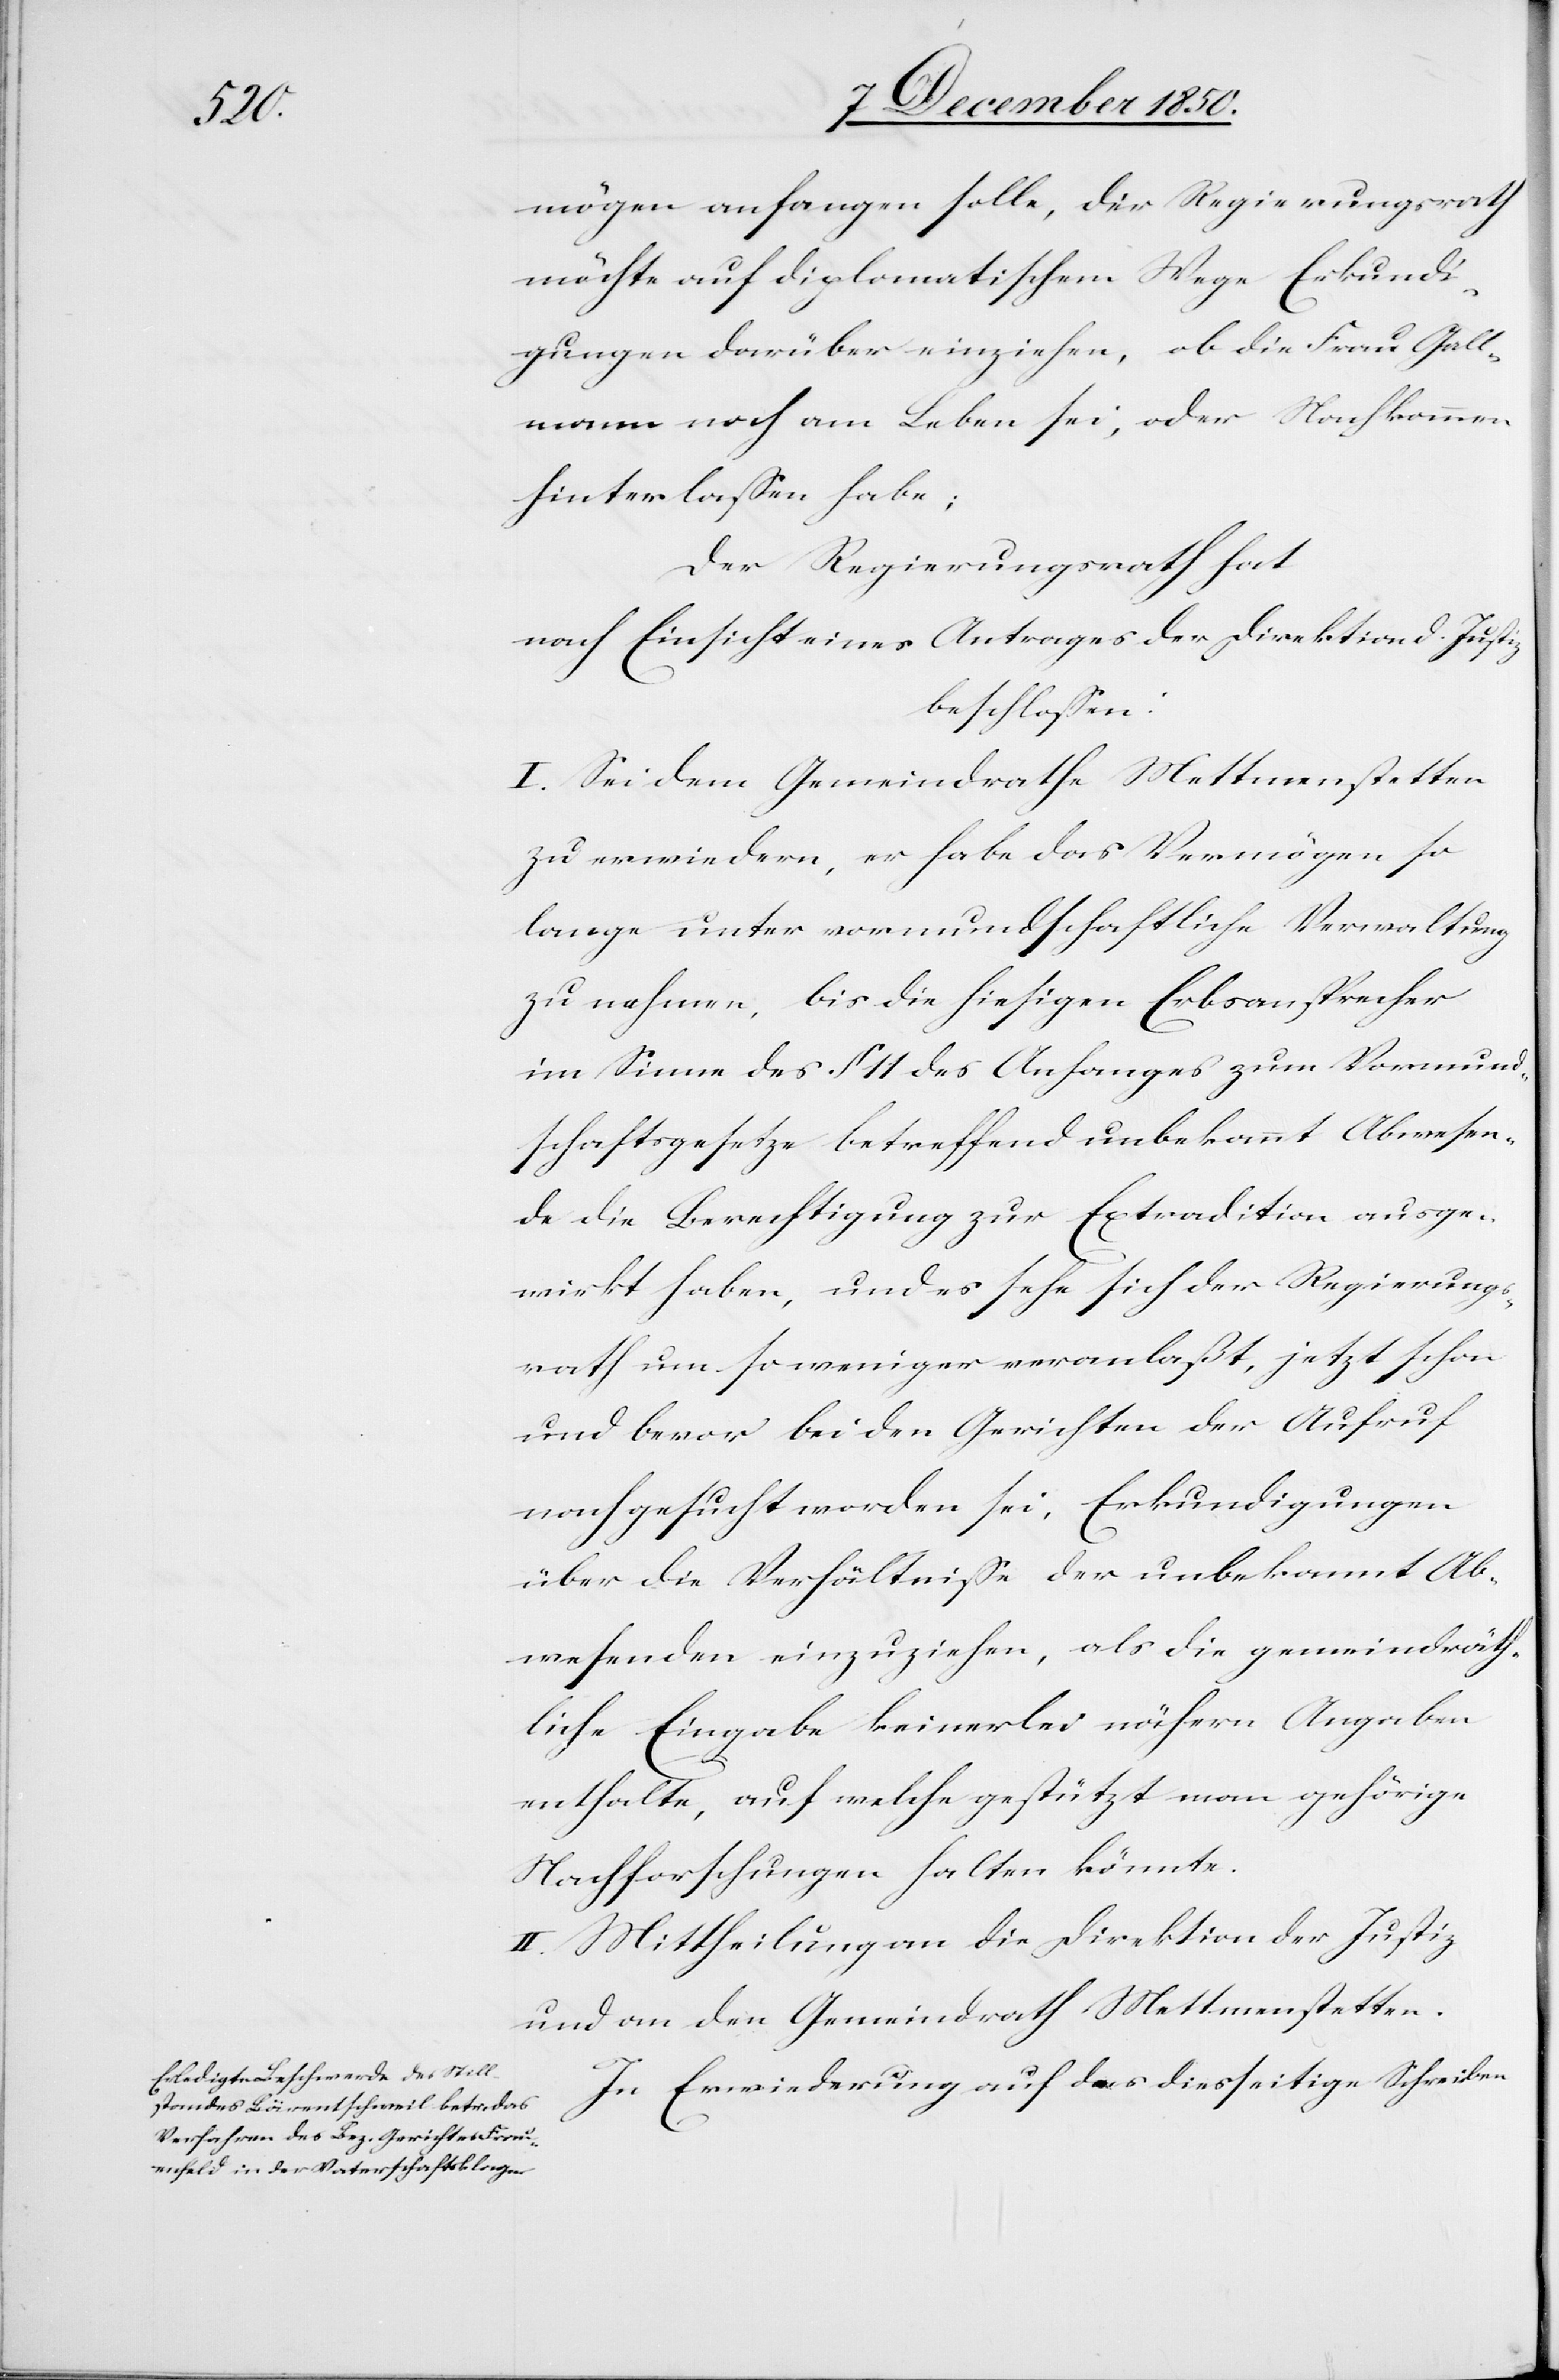
mögen anfangen solle, der Regierungsrath
möchte auf diplomatischem Wege Erkundi¬
gungen darüber einziehen, ob die Frau Gall¬
mann noch am Leben sei, oder Nachkommen
hinterlassen habe;
Der Regierungsrath hat
nach Einsicht eines Antrages der Direktion d. Justiz
beschlossen:
I. Sei dem Gemeindrathe Mettmenstetten
zu erwiedern, er habe das Vermögen so
lange unter vormundschaftliche Verwaltung
zu nehmen, bis die hiesigen Erbsansprecher
im Sinne des § 11 des Anfanges zum Vormund¬
schaftsgesetze betreffend unbekannt Abwesen¬
de die Berechtigung zur Extradition ausge¬
wirkt haben, und es sehe sich der Regierungs¬
rath um so weniger veranlaßt, jetzt schon
und bevor bei den Gerichten der Aufruf
nachgesucht worden sei, Erkundigungen
über die Verhältnisse der unbekannt Ab¬
wesenden einzuziehen, als die gemeindräth¬
liche Eingabe keinerlei nähern [sic!] Angaben
enthalte, auf welche gestützt man gehörige
Nachforschungen halten könnte.
II. Mittheilung an die Direktion der Justiz
und an den Gemeindrath Mettmenstetten.
In Erwiederung auf das diesseitige Schreiben